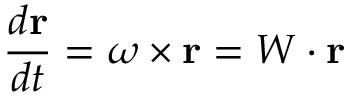
{ \frac { d \mathbf { r } } { d t } } = { \boldsymbol { \omega } } \times \mathbf { r } = W \cdot \mathbf { r }